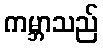
ကမ္ဘာသည်